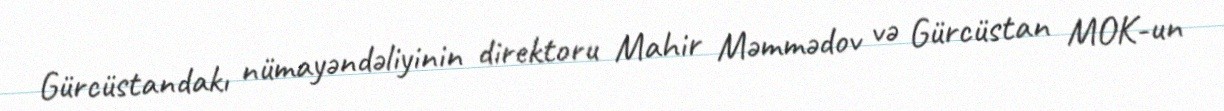
Gürcüstandakı nümayəndəliyinin direktoru Mahir Məmmədov və Gürcüstan MOK-un